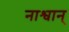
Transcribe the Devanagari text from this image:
नाश्वान्‌